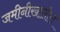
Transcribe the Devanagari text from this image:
जमीनीखालील